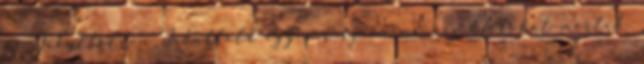
nő Jakutföldön Jakutföld egyes részein mínusz 67 fokot mértek.